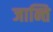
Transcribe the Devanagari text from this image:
जान्ति